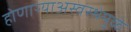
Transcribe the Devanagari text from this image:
होणाऱ्याअस्वस्थेमुळे